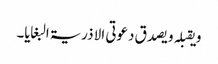
و یقبلہ و یصدق دعوتی الا ذریۃ البغایا۔